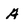
Character: A